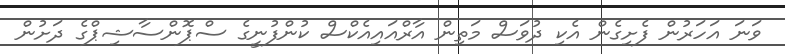
ވަނަ އަހަރުން ފެށިގެން އެކި ދުވަސް މަތިން އާރްއައިއެކްސް ކުންފުނީގެ ސްޕޮންސާޝިޕްގެ ދަށުން